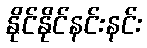
နိုင်နိုင်နင်းနင်း